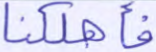
فأهلكنا